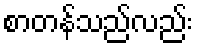
စာတန်သည်လည်း